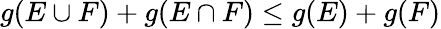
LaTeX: g(E\cup F)+g(E\cap F)\leq g(E)+g(F)